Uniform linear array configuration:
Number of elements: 32
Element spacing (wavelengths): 0.25
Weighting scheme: hann
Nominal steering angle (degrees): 45
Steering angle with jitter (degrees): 45.723
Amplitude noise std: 0.05
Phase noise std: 0.05

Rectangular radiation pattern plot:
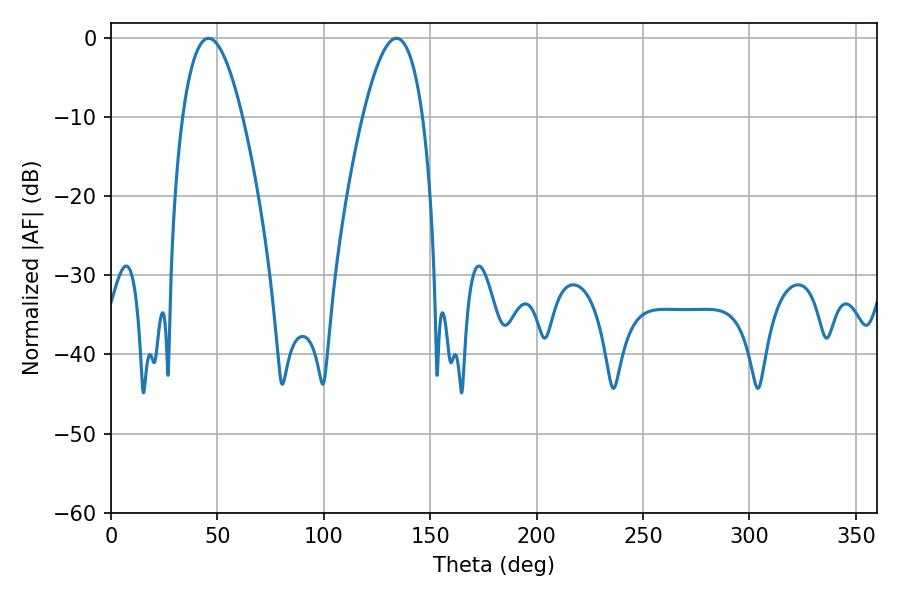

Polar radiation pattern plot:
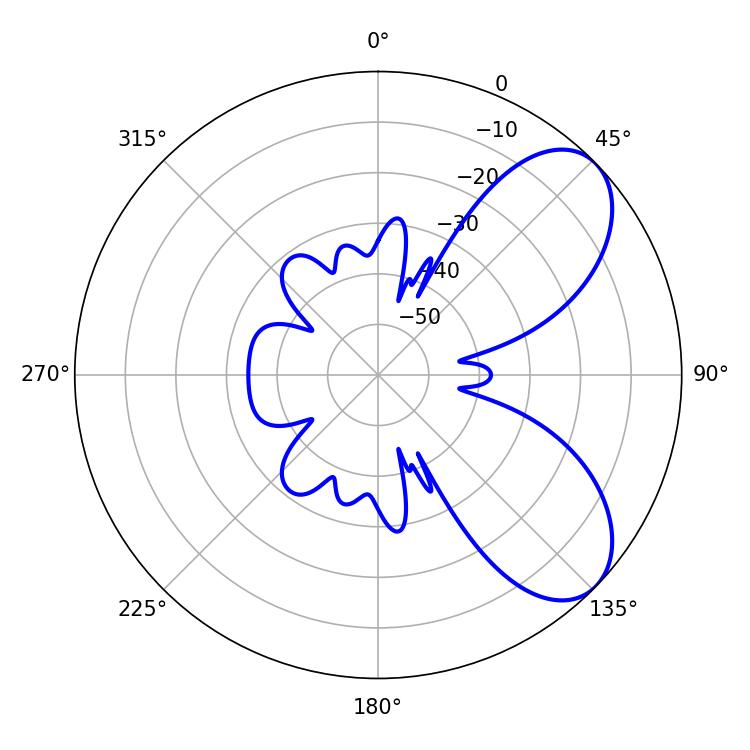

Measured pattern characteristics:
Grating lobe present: FALSE
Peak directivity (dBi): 6.779
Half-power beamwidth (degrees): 15.48
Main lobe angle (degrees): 45.9